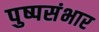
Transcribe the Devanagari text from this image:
पुष्पसंभार